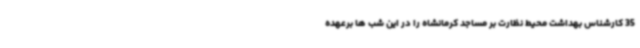
35 کارشناس بهداشت محیط نظارت بر مساجد کرمانشاه را در این شب ها برعهده